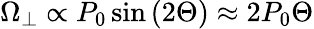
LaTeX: \Omega_{\perp}\propto P_{0}\sin{(2\Theta)}\approx 2P_{0}\Theta